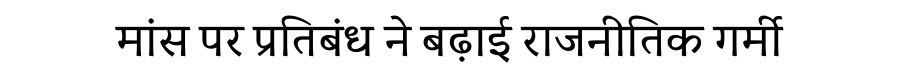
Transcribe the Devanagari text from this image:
मांस पर प्रतिबंध ने बढ़ाई राजनीतिक गर्मी